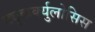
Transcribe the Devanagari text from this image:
ट्यूकर्क्युलोसिस